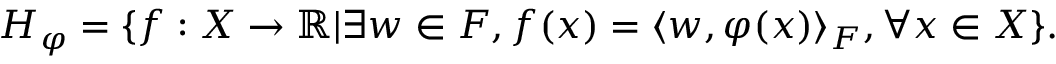
H _ { \varphi } = \{ f : X \to \mathbb { R } | \exists w \in F , f ( x ) = \langle w , \varphi ( x ) \rangle _ { F } , \forall { \mathrm { } } x \in X \} .